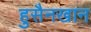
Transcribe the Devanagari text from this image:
हुसैनखान